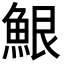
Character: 𮫷